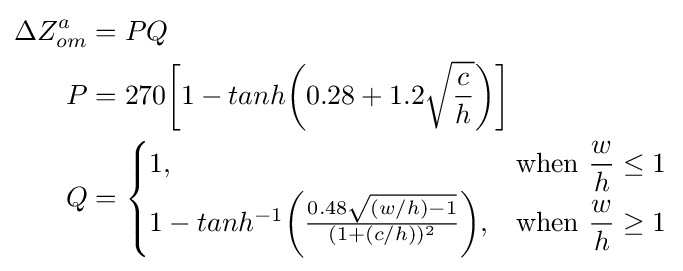
{\begin{aligned}\Delta Z_{om}^{a}&=PQ\\P&=270{\bigg [}1-tanh{\biggr (}0.28+1.2{\sqrt {\frac {c}{h}}}{\biggr )}{\bigg ]}\\Q&={\begin{cases}1,&{\text{when }}{\dfrac {w}{h}}\leq 1\\1-tanh^{-1}{\biggr (}{\frac {0.48{\sqrt {(w/h)-1}}}{(1+(c/h))^{2}}}{\biggr )},&{\text{when }}{\dfrac {w}{h}}\geq 1\end{cases}}\end{aligned}}